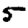
Digit: 5